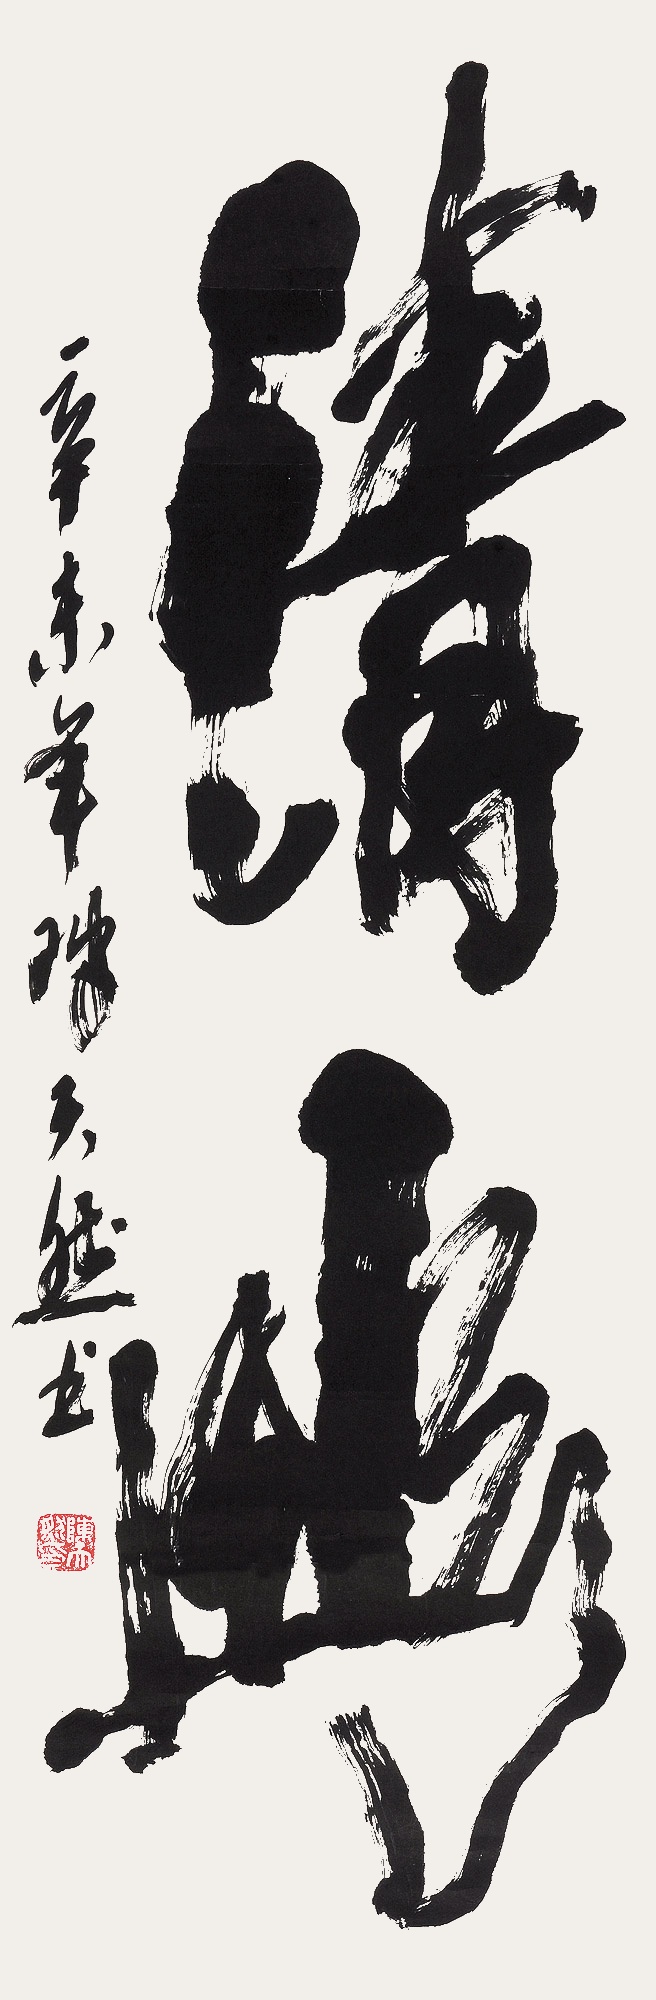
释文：清幽辛未年陈天然书。